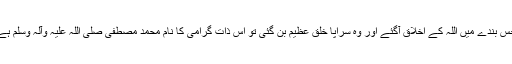
جس بندے میں اللہ کے اخلاق آگئے اور وہ سراپا خلق عظیم بن گئی تو اس ذات گرامی کا نام محمد مصطفیٰ صلی اللہ علیہ وآلہ وسلم ہے۔